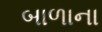
બાળાના